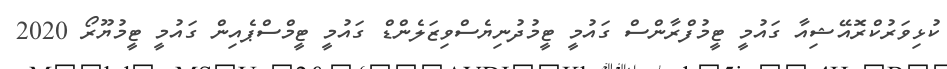
ކުޅިވަރުކްރޮއޭޝިއާ ގައުމީ ޓީމުފްރާންސް ގައުމީ ޓީމުދުނިޔެސްވިޒަލެންޑް ގައުމީ ޓީމްސްޕެއިން ގައުމީ ޓީމުޔޫރޯ 2020